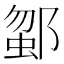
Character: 𨜗